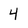
Character: 4